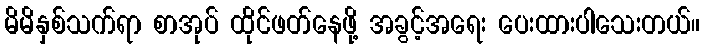
မိမိနှစ်သက်ရာ စာအုပ် ထိုင်ဖတ်နေဖို့ အခွင့်အရေး ပေးထားပါသေးတယ်။